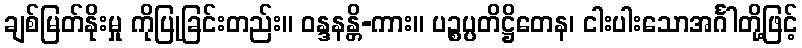
ချစ်မြတ်နိုးမှု ကိုပြုခြင်းတည်း။ ဝန္ဒနန္တိ-ကား။ ပဉ္စပ္ပတိဋ္ဌိတေန၊ ငါးပါးသောအင်္ဂါတို့ဖြင့်